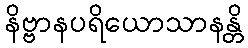
နိဗ္ဗာနပရိယောသာနန္တိ